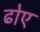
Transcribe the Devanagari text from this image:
ढोए